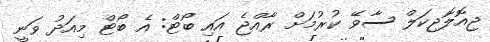
ޖިއޮލޮޖިކަލް ސާވޭ ކުރުމަށް ރާއްޖެ އައި ބޯޓް: އެ ބޯޓް މިއަދު ވަނީ